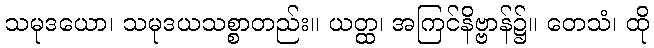
သမုဒယော၊ သမုဒယသစ္စာတည်း။ ယတ္ထ၊ အကြင်နိဗ္ဗာန်၌။ တေသံ၊ ထို